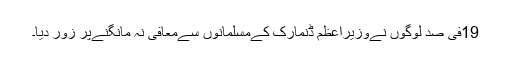
19فی صد لوگوں نےوزیراعظم ڈنمارک کےمسلمانوں سےمعافی نہ مانگنےپر زور دیا۔